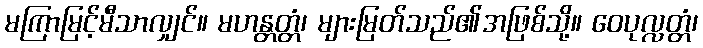
မကြာမြင့်မီသာလျှင်။ မဟန္တတ္တံ၊ များမြတ်သည်၏အဖြစ်သို့။ ဝေပုလ္လတ္တံ၊